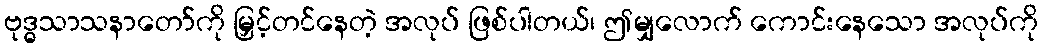
ဗုဒ္ဓသာသနာတော်ကို မြှင့်တင်နေတဲ့ အလုပ် ဖြစ်ပါတယ်၊ ဤမျှလောက် ကောင်းနေသော အလုပ်ကို